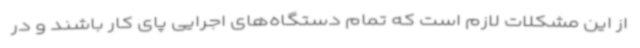
از این مشکلات لازم است که تمام دستگاه‌های اجرایی پای کار باشند و در